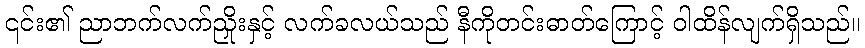
၎င်း၏ ညာဘက်လက်ညှိုးနှင့် လက်ခလယ်သည် နီကိုတင်းဓာတ်ကြောင့် ဝါထိန်လျက်ရှိသည်။